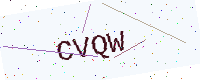
Text: CVQW